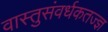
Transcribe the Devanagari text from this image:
वास्तुसंवर्धकतज्ज्ञ